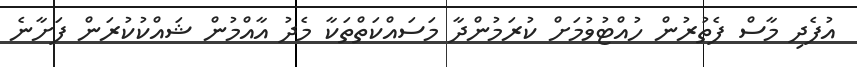
އުފެދި މާސް ފެތުރުން ހުއްޓުވުމަށް ކުރަމުންދާ މަސައްކަތްތަކާ މެދު އާއްމުން ޝައްކުކުރަން ފަށާނެ